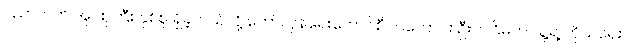
ပညာတတ် အုပ်စုကြီး နှစ်စု ရှိခဲ့တယ်လို့ တော်လှန်ရေးကောင်စီဝင်ဟောင်း ဦးဘငြိမ်က သူ့ရဲ့ ကိုယ်ရေး